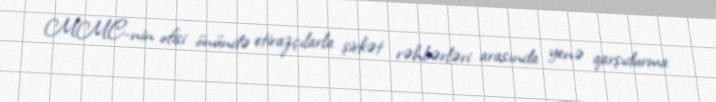
MMC-nin ofisi önündə etirazçılarla şirkət rəhbərləri arasında yenə qarşıdurma